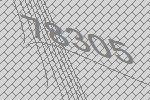
78305